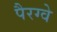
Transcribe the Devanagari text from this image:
पैरग्वे